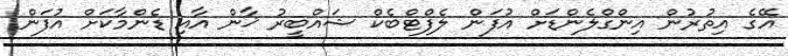
އޭގެ އިތުރުން އިންގްލެންޑަށް އުފަން ލެފްޓްބެކް ޝައްބީރު ޚާން އާއި ޑެންމާކަށް އުފަން